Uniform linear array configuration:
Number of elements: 16
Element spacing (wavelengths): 0.5
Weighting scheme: binomial
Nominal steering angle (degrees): -60
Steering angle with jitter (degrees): -58.947
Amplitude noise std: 0.05
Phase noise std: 0.05

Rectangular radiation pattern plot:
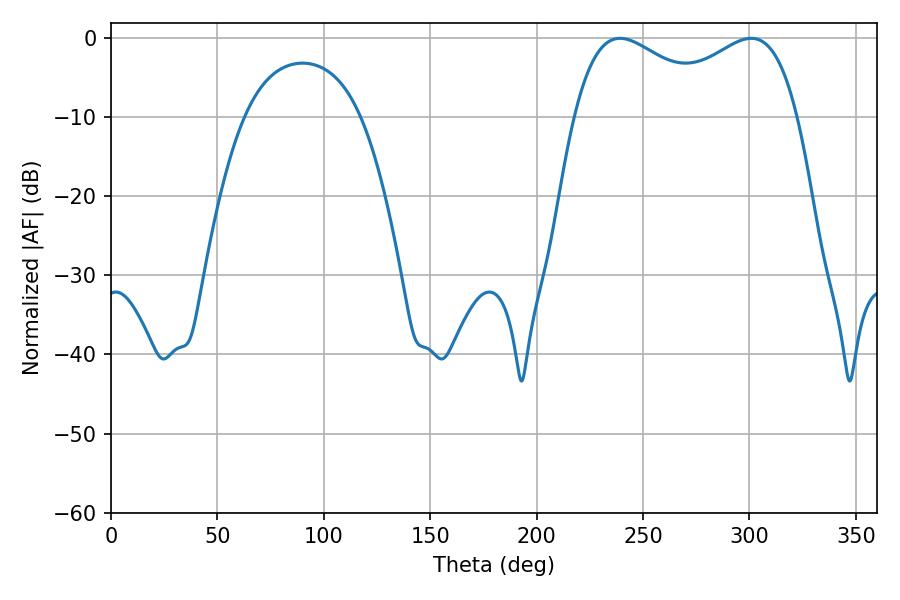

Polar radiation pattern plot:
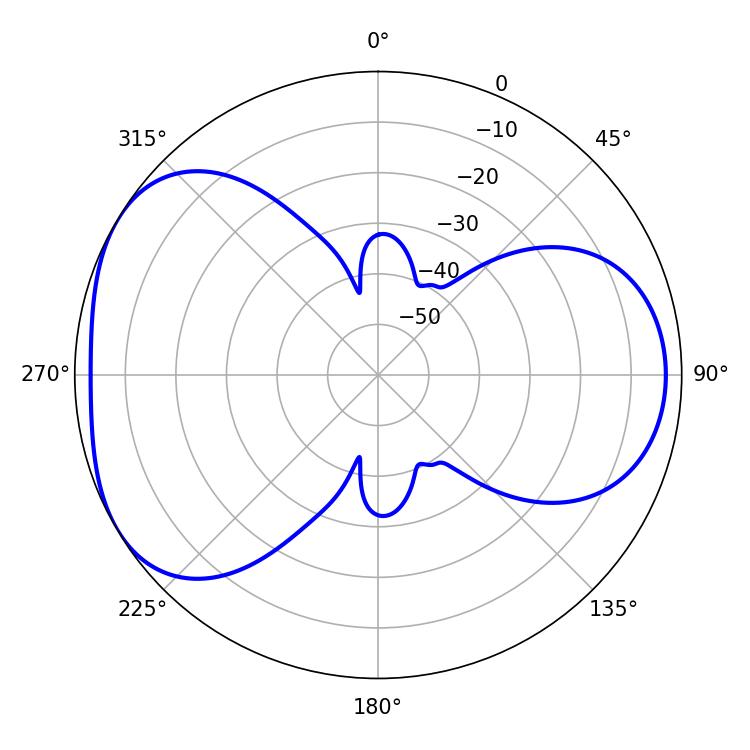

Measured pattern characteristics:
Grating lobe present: FALSE
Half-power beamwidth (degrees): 39.24
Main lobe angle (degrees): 239.22